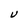
Character: U